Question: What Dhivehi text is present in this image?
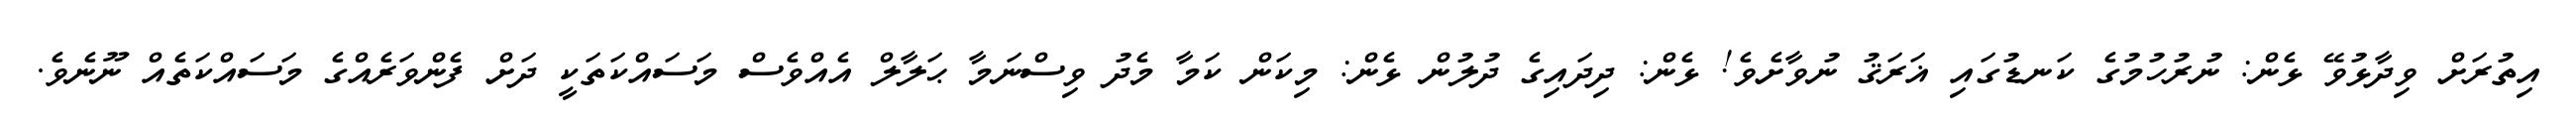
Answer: އިތުރަށް ވިދާޅުވޭ ޅެން: ނުރުހުމުގެ ކަނޑުގައި ޣަރަޤު ނުވާށެވެ! ޅެން: ދިދައިގެ ދުލުން ޅެން: މިކަން ކަމާ މެދު ވިސްނަމާ ޙަލާލް އެއްވެސް މަސައްކަތަކީ ދަށް ފެންވަރެއްގެ މަސައްކަތެއް ނޫނެވެ.